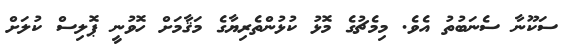
ސަކޫނާ ސެނަބުތު އެވެ. މިމެޗުގެ މޮޅު ކުޅުންތެރިޔާގެ މަޤާމަށް ހޮވުނީ ޕޮލިސް ކުލަށް